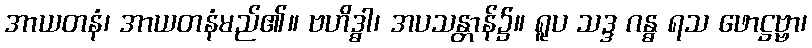
အာယတနံ၊ အာယတနံမည်၏။ ဗဟိဒ္ဓါ၊ အပသန္တာန်၌။ ရူပ သဒ္ဒ ဂန္ဓ ရသ ဖောဋ္ဌဗ္ဗာ၊